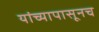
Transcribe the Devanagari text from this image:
यांच्यापासूनच